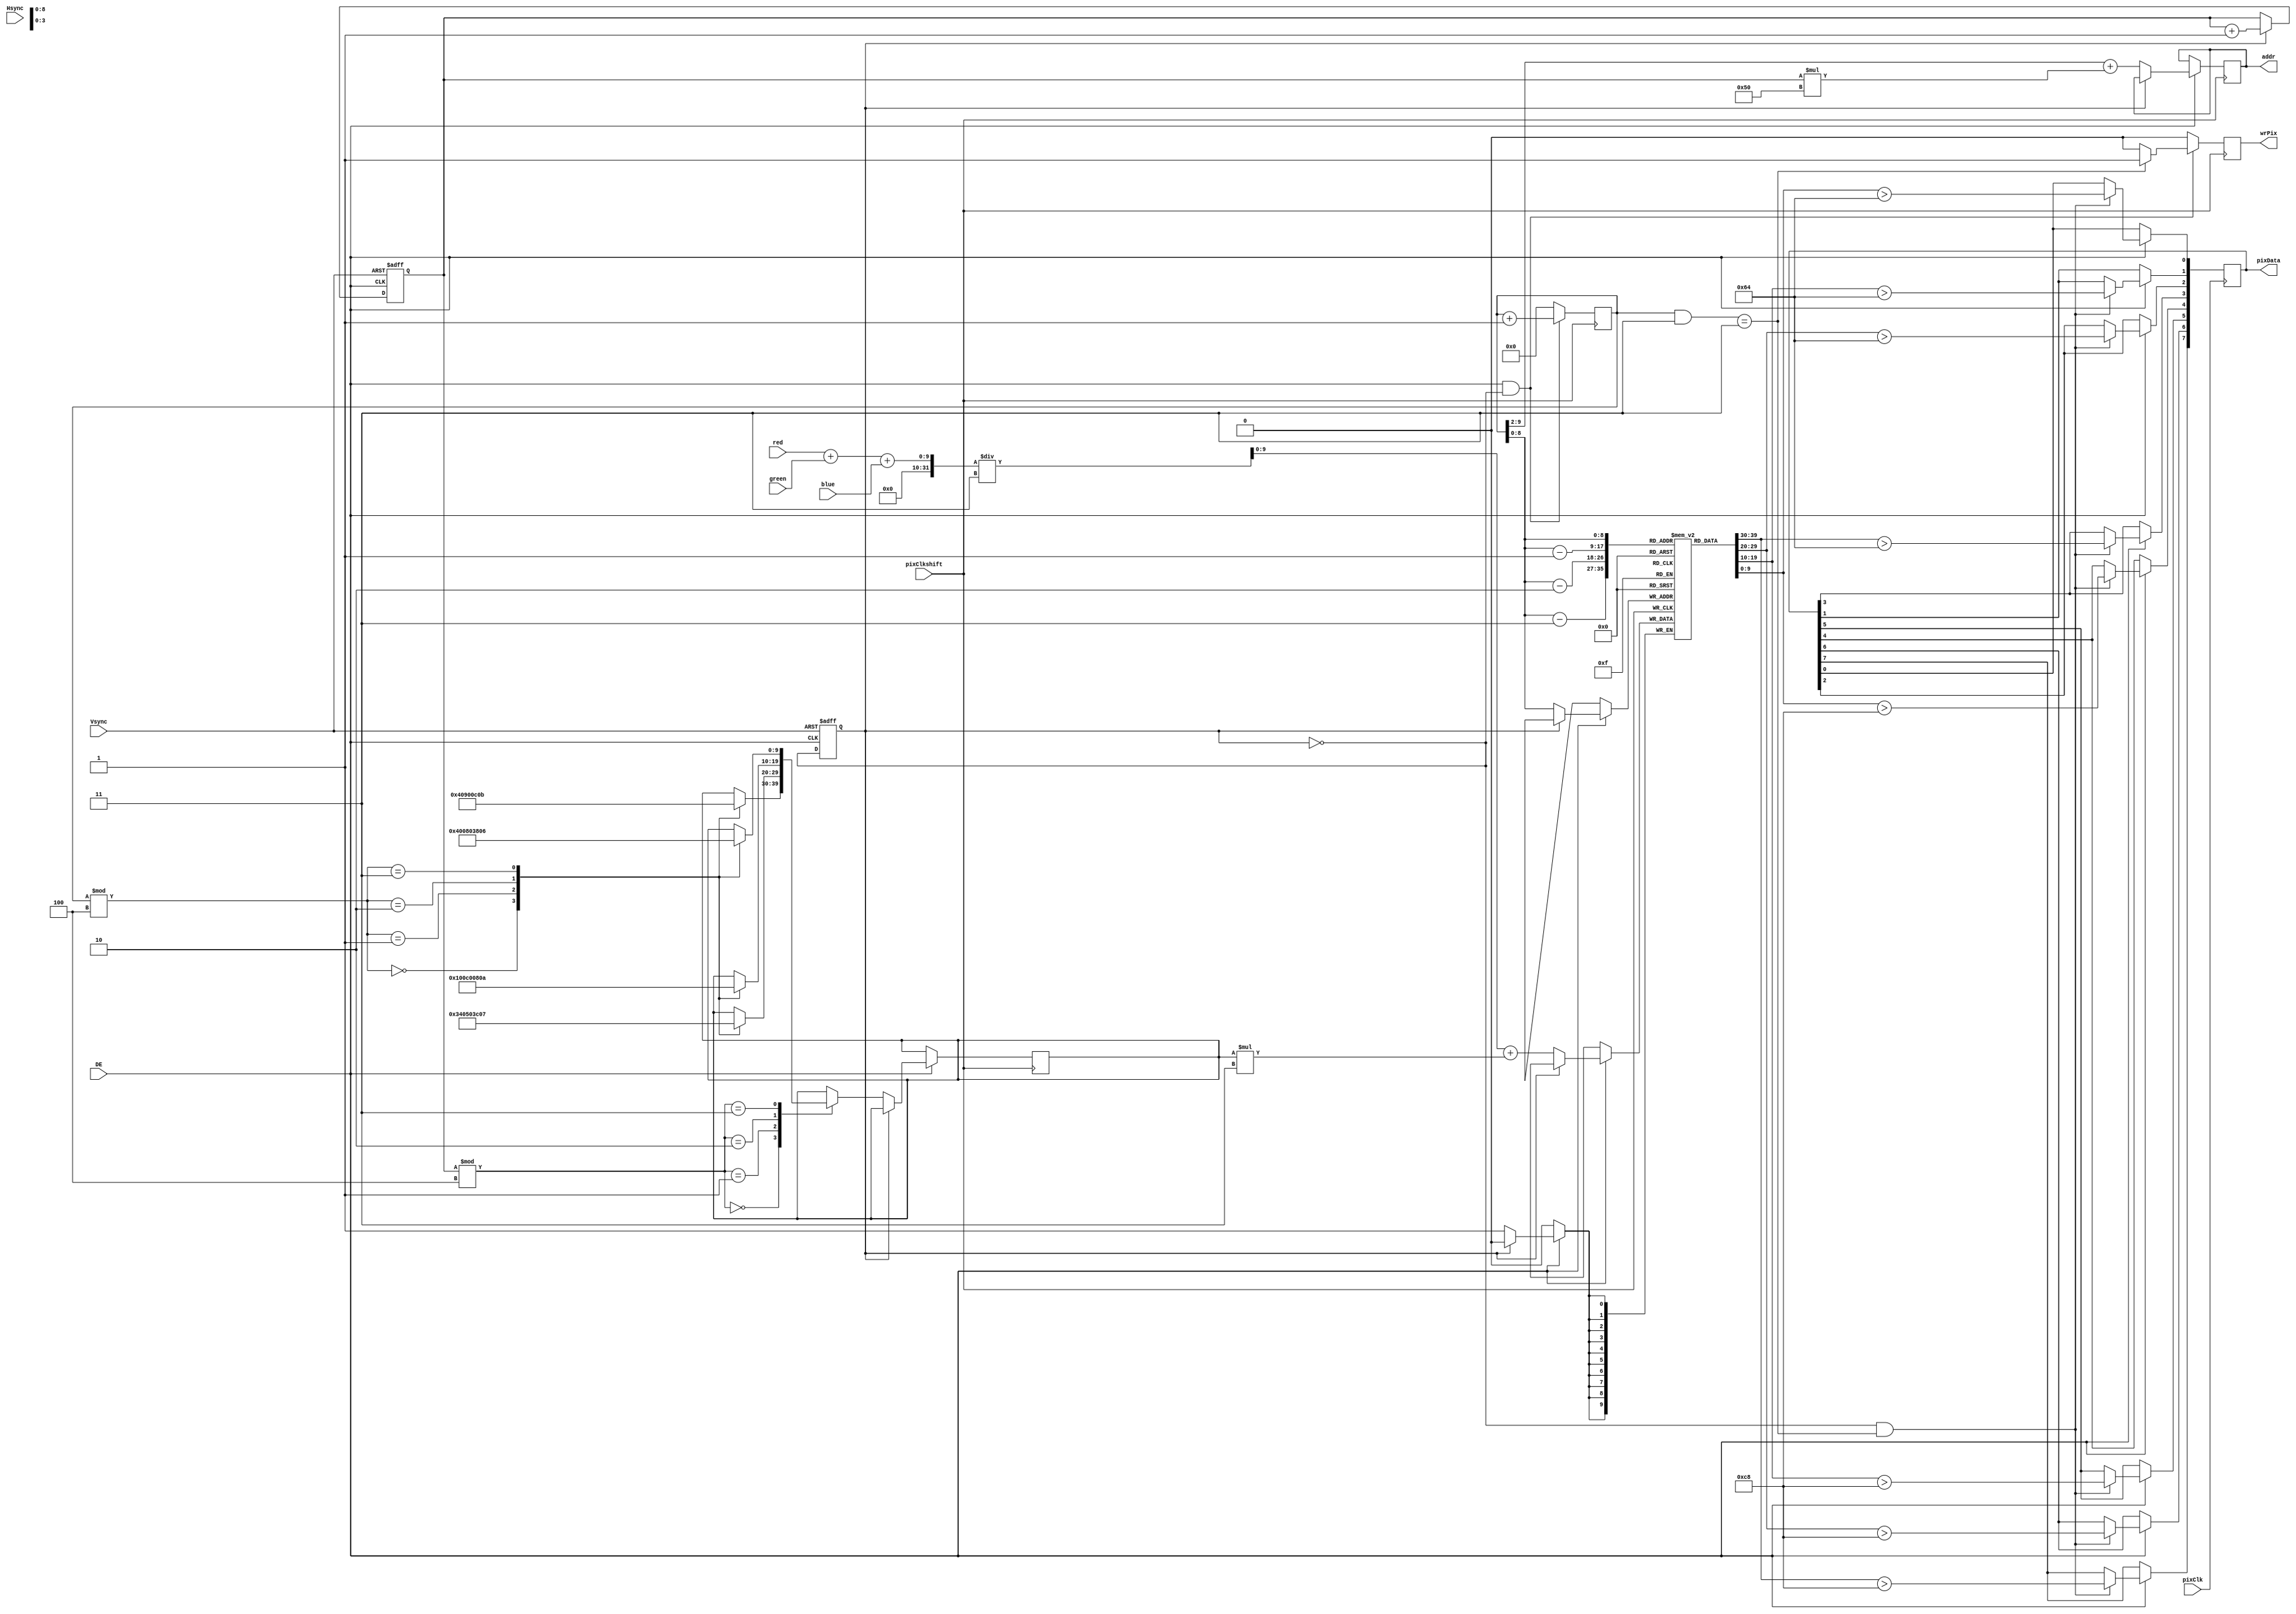
module input_proc_4 (DE, pixClk, pixClkshift, Vsync, Hsync, red, green, blue, addr, pixData, wrPix);

input [7:0] red, green, blue;
input DE, pixClk, pixClkshift, Vsync, Hsync;
output [14:0] addr;
output [7:0]  pixData;
output wrPix;

reg debug = 0;
reg [7:0]  pixData;
reg wrPix, lineOdd;
reg [9:0]  pixCounter;
reg [14:0] lineCounter;
reg [9:0] lineMem [0:319];
reg [14:0] addr;
reg [9:0] th;
wire [9:0] color;

assign color[9:0] = (red + green + blue)/3;

//thMap44 = {{1, 9, 3, 11},{13, 5, 15, 7},{4, 12, 2, 10},{16, 8, 14, 6}};

always @ (posedge pixClkshift) begin
	if (DE) begin
		if (!lineOdd) begin
			addr <= (pixCounter>>2)+((lineCounter)*15'h0050);					
			
			case (lineCounter%4)
				0: begin
					case (pixCounter%4)
						0: th <= 1;
						1: th <= 9;
						2: th <= 3;
						3: th <= 11;
					endcase
				end
				1: begin
					case (pixCounter%4)
						0: th <= 13;
						1: th <= 5;
						2: th <= 15;
						3: th <= 7;
					endcase
				end
				2: begin
					case (pixCounter%4)
						0: th <= 4;
						1: th <= 12;
						2: th <= 2;
						3: th <= 10;
					endcase
				end
				3: begin
					case (pixCounter%4)
						0: th <= 16;
						1: th <= 8;
						2: th <= 14;
						3: th <= 6;
					endcase
				end
			endcase
			
			lineMem[pixCounter] <= color+(th*3);
		end
		
	end 
end

always @ (posedge pixClk) begin
	if (DE) begin
		if (!lineOdd && ((pixCounter & 10'h0003) == 10'h0003) ) begin
			pixData[3] <= (lineMem[pixCounter-3]) >10'd100;
			pixData[2] <= (lineMem[pixCounter-2]) >10'd100;
			pixData[1] <= (lineMem[pixCounter-1]) >10'd100;
			pixData[0] <= (lineMem[pixCounter]  ) >10'd100;
			
			pixData[7] <= (lineMem[pixCounter-3]) >10'd200;
			pixData[6] <= (lineMem[pixCounter-2]) >10'd200;
			pixData[5] <= (lineMem[pixCounter-1]) >10'd200;
			pixData[4] <= (lineMem[pixCounter]  ) >10'd200;			
		end
	end 
end

always @ (negedge pixClkshift) begin
	if (DE && !lineOdd) begin
		
		pixCounter <= pixCounter + 10'h0001;	
		
		if ((pixCounter & 10'h0003) == 10'h0003) begin
			wrPix <= 1;
		end else begin
			wrPix <= 0;
		end	
		
	end else begin
		wrPix <= 0;
		pixCounter <= 0;
	end
	
	
end

always @ (negedge Vsync or negedge DE) begin
	if (Vsync == 0) begin 
		lineCounter <= 0;
		lineOdd <= 0;
	end else begin
		lineOdd <= !lineOdd;
		if (lineOdd) lineCounter <= lineCounter +15'h0001;
	end 

end

endmodule